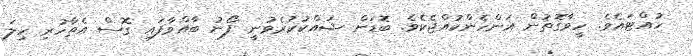
ހުއްޓައެވެ. ހީވާގޮތުން އަންހެންކުއްޖެކެވެ. ބޮޑަށް ޝައްކުކުރެވުނީ ފޯނު ބާއްވާފައި ގޮސް އެތާހުރި ހިލަ